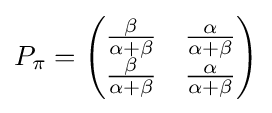
P_{\pi }={\begin{pmatrix}{\frac {\beta }{\alpha +\beta }}&{\frac {\alpha }{\alpha +\beta }}\\{\frac {\beta }{\alpha +\beta }}&{\frac {\alpha }{\alpha +\beta }}\end{pmatrix}}